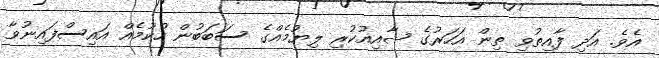
އެވެ. އަދި ފާއިތުވި ތިން އަހަރުގެ ޝާއިއުކުރި ލިޔުމެއްގެ ސަބަބުން ހުކުމެއް އައިސްފައިނުވާ